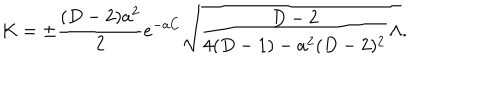
LaTeX: K = \pm { \frac { ( D - 2 ) a ^ { 2 } } { 2 } } e ^ { - a C } \sqrt { { \frac { D - 2 } { 4 ( D - 1 ) - a ^ { 2 } ( D - 2 ) ^ { 2 } } } \Lambda } .